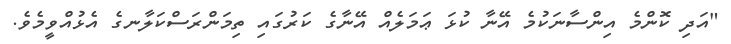
"އަދި ކޮންމެ އިންސާނަކުމެ އޭނާ ކުޅަ ޢަމަލެއް އޭނާގެ ކަރުގައި ތިމަންރަސްކަލާނގެ އެޅުއްވީމެވެ.